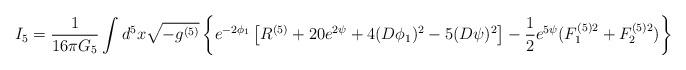
LaTeX: \begin{align*}I_5= \frac{1}{16 \pi G_5} \int d^5x \sqrt{-g^{(5)}} \left\{ e^{-2\phi_1} \left[ R^{(5)}+20 e^{2\psi}+4(D\phi_1)^2 -5(D\psi)^2 \right]-\frac{1}{2}e^{5\psi}(F^{(5)2}_1+F^{(5)2}_2) \right\}\end{align*}